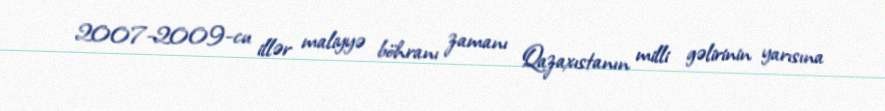
2007-2009-cu illər maliyyə böhranı zamanı Qazaxıstanın milli gəlirinin yarısına